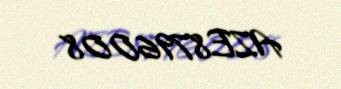
AZE8796008